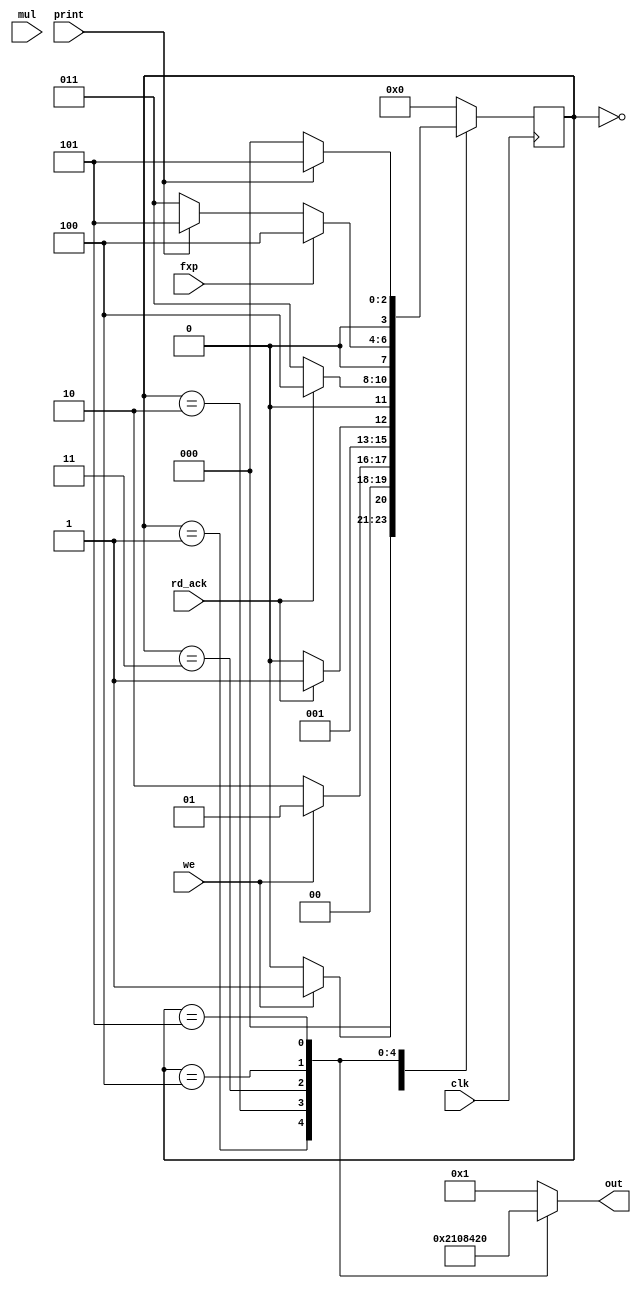
// Quartus Prime Verilog Template
// 4-State Moore state machwee

// A Moore machwee's outputs are dependent only on the current state.
// The output is written only when the state changes.  (State
// transitions are synchronous.)

module FSM
(
	input clk, we, rd_ack,mul,fxp,print,
	output reg [5:0] out
);

	// Declare state register
	reg		[3:0]state;

	// Declare states
	parameter IDLE = 3'b000, WRITEMEM = 3'd1, READ_B = 3'd2, READ_A = 3'd3,FXP_CHECK = 3'd4,EXPORT_ROWS = 3'd5;

	// Output depends only on the state
	always @ (state) begin
		case (state)
			IDLE:
				out = 6'b000001;
			WRITEMEM:
				out = 6'b000010;
			READ_B:
				out = 6'b000100;
			READ_A:
				out = 6'b001000;
            FXP_CHECK: 
                out = 6'b010000;
            EXPORT_ROWS:
                out = 6'b100000;
			default:
				out = 6'b000001;
		endcase
	end

	// Determwee the next state
	always @ (posedge clk) begin
			case (state)
				IDLE:
                    if(we == 1'b0)
                        state <= IDLE;
                    else
					    state <= WRITEMEM;
				WRITEMEM:
					if (we == 1'b1)
						state <= WRITEMEM;
					else
						state <= READ_B;
				READ_B:
					if (rd_ack == 1'b1)
						state <= READ_A;
					else
						state <= READ_B;
				READ_A:
					if(rd_ack == 1'b1)
						state <= FXP_CHECK;
					else
						state <= READ_A;

                FXP_CHECK:
                    if(fxp)
                        state<=FXP_CHECK;
					else if (print)
						state<=EXPORT_ROWS;
                    else
                        state<=READ_A;
                EXPORT_ROWS: 
                    if(print)
                        state<=EXPORT_ROWS;
                    else
                        state<=IDLE;

                default:
                        state <= IDLE;
			endcase
	end

endmodule